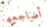
أضاجعها